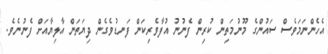
އެހެންނަމަވެސް ސައުންގެ މޫނުމަތިން ކުރިން ފެނުނު އުފާވެރިކަން ފަނޑުވެގެން ދިޔަތަން އާލިޔާއަށް ފެނުނެވެ.